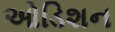
ઓડિશન